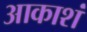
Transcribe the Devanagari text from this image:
आकाशं